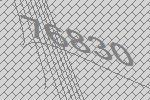
76830